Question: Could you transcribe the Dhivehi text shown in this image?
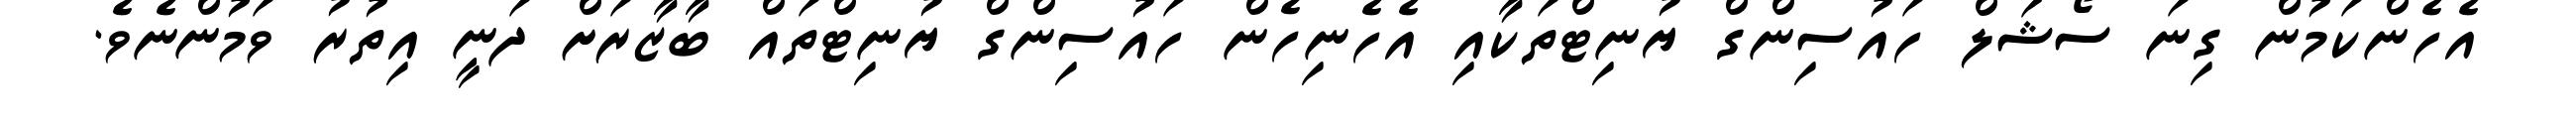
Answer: އެހެންކަމުން ގިނަ ސޯޝަލް ހައުސިންގް ޔުނިޓްތަކާއި އެހެނިހެން ހައުސިންގް ޔުނިޓްތައް ބާޒާރަށް ދަނީ އިތުރު ވަމުންނެވެ.